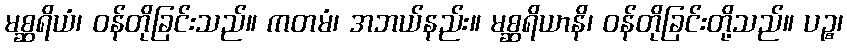
မစ္ဆရိယံ၊ ဝန်တိုခြင်းသည်။ ကတမံ၊ အဘယ်နည်း။ မစ္ဆရိယာနိ၊ ဝန်တိုခြင်းတို့သည်။ ပဉ္စ၊